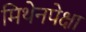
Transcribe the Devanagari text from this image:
मिथेनपेक्षा